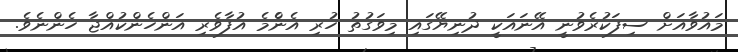
މައުވާއަށް ސިފަކުރެވުނީ އޭނައަކީ ދުނިޔޭގައި މިވަގުތު ހުރި އެނެްމެ އުފާވެރި އަންހެންކުއްޖާ ހެންނެވެ.